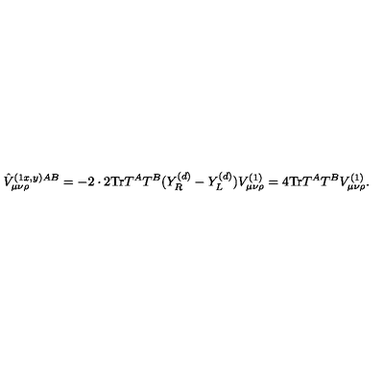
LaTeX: \hat { V } _ { \mu \nu \rho } ^ { ( 1 x , y ) A B } = - 2 \cdot 2 \mathrm { T r } T ^ { A } T ^ { B } ( Y _ { R } ^ { ( d ) } - Y _ { L } ^ { ( d ) } ) V _ { \mu \nu \rho } ^ { ( 1 ) } = 4 \mathrm { T r } T ^ { A } T ^ { B } V _ { \mu \nu \rho } ^ { ( 1 ) } .